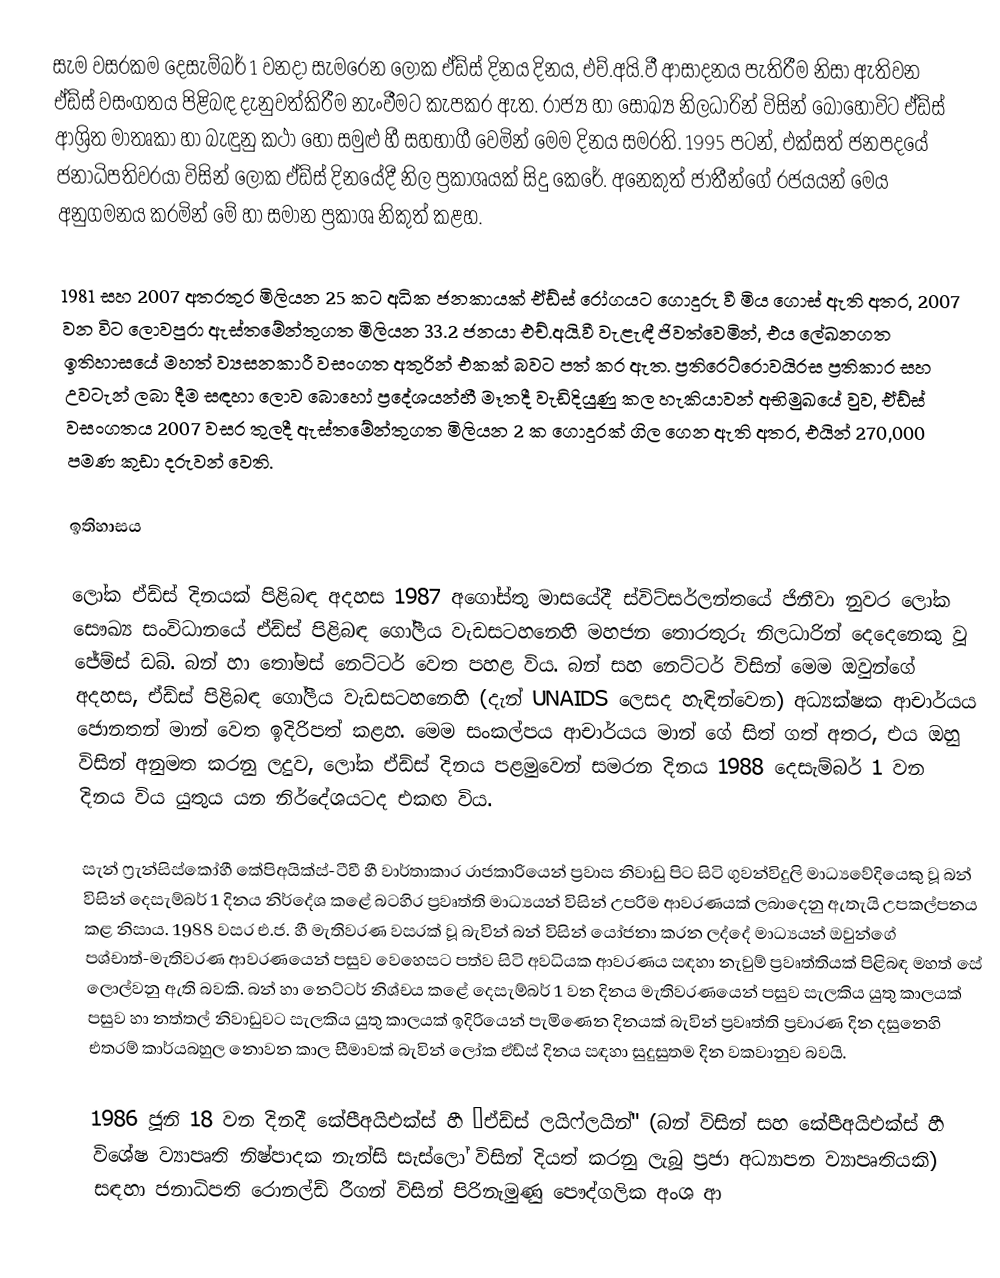
සැම වසරකම දෙසැම්බර් 1 වනදා සැමරෙන ලෝක ඒඩ්ස් දිනය දිනය,  එච්.අයි.වී ආසාදනය පැතිරීම නිසා ඇතිවන ඒඩ්ස් වසංගතය පිළිබඳ දැනුවත්කිරීම නැංවීමට කැපකර ඇත. රාජ්‍ය හා  සොඛ්‍ය නිලධාරින් විසින් බොහෝවිට ඒඩ්ස් ආශ්‍රිත මාතෘකා හා බැඳුනු කථා හෝ සමුළු හී සහභාගී වෙමින් මෙම දිනය සමරති. 1995 පටන්, එක්සත් ජනපදයේ ජනාධිපතිවරයා විසින් ලෝක ඒඩ්ස් දිනයේදී නිල ප්‍රකාශයක් සිදු කෙරේ. අනෙකුත් ජාතීන්ගේ රජයයන් මෙය අනුගමනය කරමින් මේ හා සමාන ප්‍රකාශ නිකුත් කළහ.

1981 සහ 2007 අතරතුර මිලියන 25 කට අධික ජනකායක් ඒඩ්ස් රෝගයට ගොදුරු වී මිය ගොස් ඇති අතර, 2007 වන විට ලොවපුරා ඇස්තමේන්තුගත මිලියන 33.2 ජනයා එච්.අයි.වී වැළැඳී ජිවත්වෙමින්, එය ලේඛනගත ඉතිහාසයේ මහත් ව්‍යසනකාරී වසංගත අතුරින් එකක් බවට  පත් කර ඇත.  ප්‍රතිරෙට්රොවයිරස ප්‍රතිකාර සහ උවටැන් ලබා දීම සඳහා ලොව බොහෝ ප්‍රදේශයන්හී මෑතදී වැඩිදියුණු කල හැකියාවන් අභිමුඛයේ වුව, ඒඩ්ස් වසංගතය 2007 වසර තුලදී ඇස්තමේන්තුගත මිලියන 2 ක ගොදුරක්  ගිල ගෙන ඇති අතර, එයින් 270,000 පමණ කුඩා දරුවන් වෙති.

ඉතිහාසය

ලෝක ඒඩ්ස් දිනයක් පිළිබඳ අදහස 1987 අගෝස්තු මාසයේදී ස්විට්සර්ලන්තයේ ජිනීවා නුවර ලෝක සෞඛ්‍ය සංවිධානයේ ඒඩ්ස් පිළිබඳ ගෝලීය වැඩසටහනෙහි මහජන තොරතුරු නිලධාරින් දෙදෙනෙකු වූ ජේම්ස් ඩබ්. බන් හා තෝමස් නෙට්ටර් වෙත පහළ විය.    බන් සහ නෙට්ටර් විසින් මෙම ඔවුන්ගේ අදහස, ඒඩ්ස් පිළිබඳ ගෝලීය  වැඩසටහනෙහි (දැන් UNAIDS ලෙසද හැඳින්වෙන) අධ්‍යක්ෂක ආචාර්යය ජොනතන් මාන් වෙත ඉදිරිපත් කළහ.   මෙම සංකල්පය ආචාර්යය මාන් ගේ සිත් ගත් අතර, එය ඔහු විසින් අනුමත කරනු ලදුව, ලෝක ඒඩ්ස් දිනය පළමුවෙන් සමරන දිනය 1988 දෙසැම්බර් 1 වන දිනය විය යුතුය යන නිර්දේශයටද එකඟ විය.

සැන් ෆ්‍රැන්සිස්කෝහී කේපිඅයික්ස්-ටීවී හී වාර්තාකාර රාජකාරියෙන් ප්‍රවාස නිවාඩු පිට සිටි ගුවන්විදුලි මාධ්‍යවේදියෙකු වූ බන් විසින් දෙසැම්බර් 1 දිනය නිර්දේශ කළේ බටහිර ප්‍රවෘත්ති මාධ්‍යයන් විසින් උපරිම ආවරණයක් ලබාදෙනු ඇතැයි උපකල්පනය කළ නිසාය. 1988 වසර එ.ජ. හී මැතිවරණ වසරක් වූ බැවින් බන් විසින් යෝජනා කරන ලද්දේ මාධ්‍යයන් ඔවුන්ගේ පශ්චාත්-මැතිවරණ ආවරණයෙන් පසුව වෙහෙසට පත්ව සිටි අවධියක ආවරණය සඳහා නැවුම් ප්‍රවෘත්තියක් පිළිබඳ මහත් සේ ලොල්වනු ඇති බවකි. බන් හා නෙට්ටර් නිශ්චය කළේ දෙසැම්බර් 1 වන දිනය මැතිවරණයෙන් පසුව සැලකිය යුතු කාලයක් පසුව හා නත්තල් නිවාඩුවට සැලකිය යුතු කාලයක් ඉදිරියෙන් පැමිණෙන දිනයක් බැවින් ප්‍රවෘත්ති ප්‍රචාරණ දින දසුනෙහි එතරම් කාර්යබහුල නොවන කාල සීමාවක් බැවින් ලෝක ඒඩ්ස් දිනය සඳහා සුදුසුතම දින වකවානුව බවයි.

1986 ජූනි 18 වන දිනදී  කේපීඅයිඑක්ස් හී  “ඒඩ්ස් ලයිෆ්ලයින්" (බන් විසින් සහ කේපීඅයිඑක්ස් හී විශේෂ ව්‍යාපෘති නිෂ්පාදක නැන්සි සැස්ලෝ විසින් දියත් කරනු ලැබූ ප්‍රජා අධ්‍යාපන ව්‍යාපෘතියකි) සඳහා ජනාධිපති රොනල්ඩ් රීගන් විසින් පිරිනැමුණු පෞද්ගලික අංශ ආ